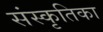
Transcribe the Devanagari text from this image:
संस्कृतिका